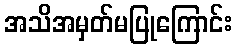
အသိအမှတ်မပြုကြောင်း